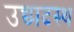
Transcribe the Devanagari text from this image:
उच्च्पदस्थ